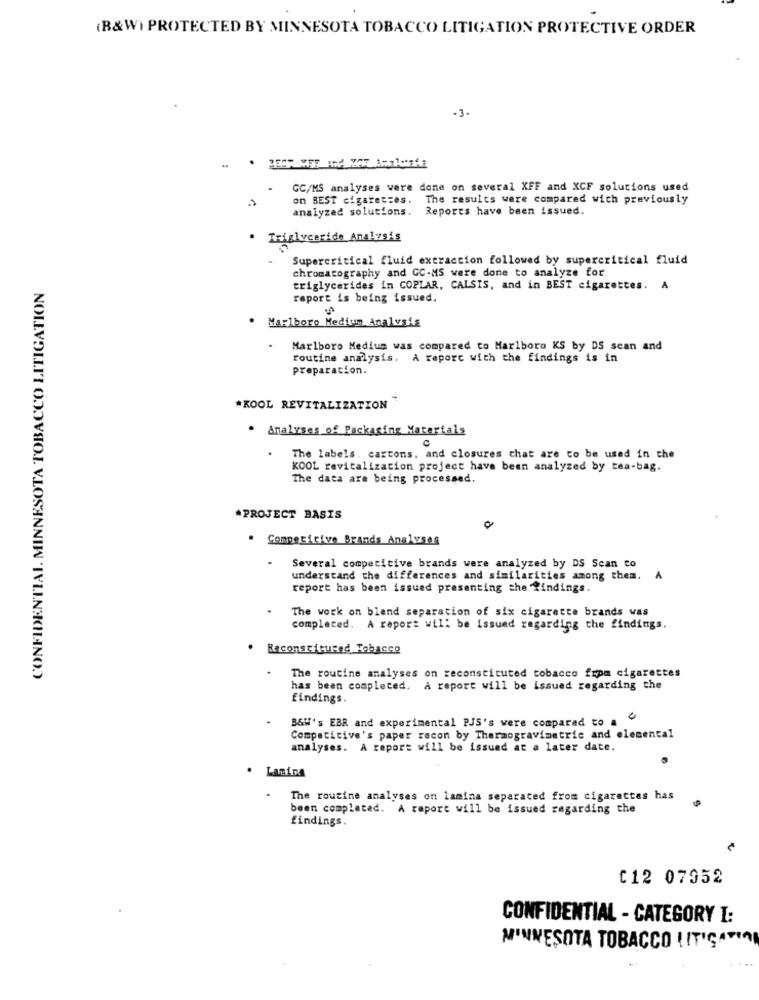
(B&W) PROTECTED BY MINNESOTA TOBACCO LITIGATION PROTECTIVE ORDER
-3.
GC/MS analyses were done on several XFF and XCF solutions used
on BEST cigaret=es.
The results were compared with previously
analyzed solutions.
Reports have been issued.
Triglyceride Analysis
Supercritical fluid extraction followed by supercritical fluid
chromatography and GC-MS were done to analyze for
SOTA TOBACCO LITIGATION
triglycerides in COPLAR, CALSIS, and in BEST cigarettes. A
report is being issued.
. Marlboro Medium Analysis
Marlboro Medium was compared to Marlboro KS by DS scan and
routine analysis. A report with the findings is in
preparation.
*KOOL REVITALIZATION
. Analyses of Packaging Materials
The labels. cartons, and closures that are to be used in the
KOOL revitalization project have been analyzed by tea-bag.
The data are being processed.
CONFIDENTIAL MINNI
*PROJECT BASIS
0
. Competicive Brands Analyses
Several competitive brands were analyzed by DS Scan to
understand the differences and similarities among them. A
report has been issued presenting the findings.
The work on blend separation of six cigarette brands was
completed. A report will be issued regarding the findings.
. Reconstitured Tobacco
The routine analyses on reconstituted tobacco from cigarettes
has been completed. A report will be issued regarding the
findings.
B&W's EBR and experimental PJS's were compared to a
Competitive's paper recon by Thermogravimetric and elemental
analyses. A report will be issued at a later date.
Lanina
The routine analyses on lamina separated from cigarettes has
been completed. A report will be issued regarding the
findings.
012 07952
CONFIDENTIAL - CATEGORY I:
MINNESOTA TOBACCO LITIGATION